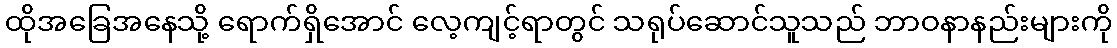
ထိုအခြေအနေသို့ ရောက်ရှိအောင် လေ့ကျင့်ရာတွင် သရုပ်ဆောင်သူသည် ဘာဝနာနည်းများကို